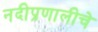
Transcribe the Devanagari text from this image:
नदीप्रणालीचे